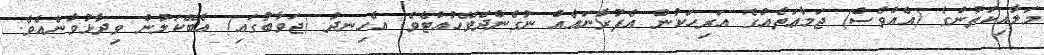
މަލާއިކަތުންގެ (އެއްވެސް) ޖަމާޢަތެއްގެ އަރިހަކުން އެފުރާނައެއް ނުގެންދެވޭހުއްޓެވެ. އެހިނދު (ޖަވާބުގައި) އެބޭކަލުން ވިދާޅުވާނެއެވެ.